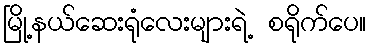
မြို့နယ်ဆေးရုံလေးများရဲ့ စရိုက်ပေ။